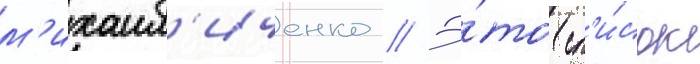
м'ихаил'иченко // Э́то сп'и́сок